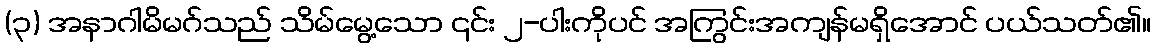
(၃) အနာဂါမိမဂ်သည် သိမ်မွေ့သော ၎င်း ၂-ပါးကိုပင် အကြွင်းအကျန်မရှိအောင် ပယ်သတ်၏။